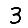
Digit: 3